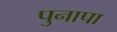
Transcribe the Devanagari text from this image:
पुनापा